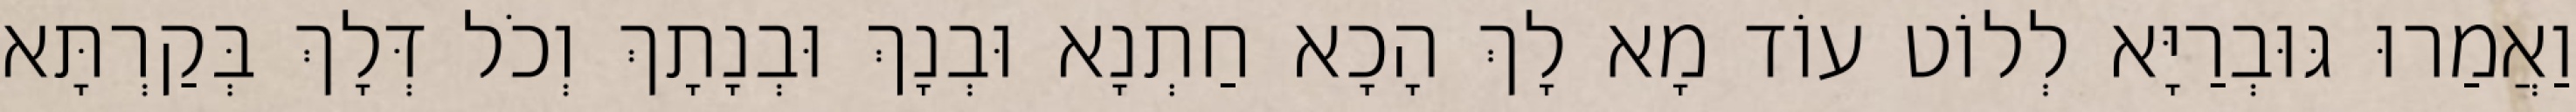
וַאֲמַרוּ גּוּבְרַיָּא לְלוֹט עוֹד מָא לָךְ הָכָא חַתְנָא וּבְנָךְ וּבְנָתָךְ וְכֹל דְּלָךְ בְּקַרְתָּא